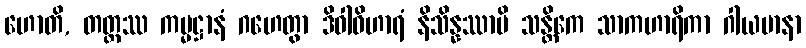
ဟောတိ, တတ္ထဿ ကမ္မဋ္ဌာနံ ဂဟေတွာ ဒိဝါဝိဟာရံ နိသိန္နဿာပိ သန္တိကေ သာကဟာရိကာ ဂါယမာနာ